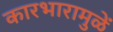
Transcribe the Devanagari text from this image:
कारभारामुळें